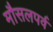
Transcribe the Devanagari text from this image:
मौसलपर्व